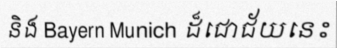
និង Bayern Munich ដ៏ជោជ័យនេះ